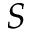
S